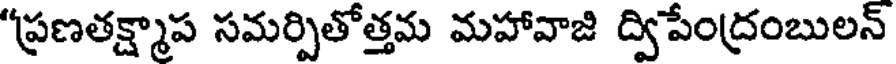
"ప్రణతక్ష్మాప సమర్పితోత్తమ మహావాజి ద్విపేంద్రంబులన్